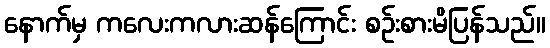
နောက်မှ ကလေးကလားဆန်ကြောင်း စဉ်းစားမိပြန်သည်။